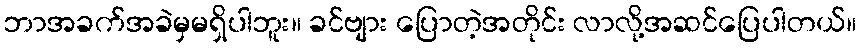
ဘာအခက်အခဲမှမရှိပါဘူး။ ခင်ဗျား ပြောတဲ့အတိုင်း လာလို့အဆင်ပြေပါတယ်။